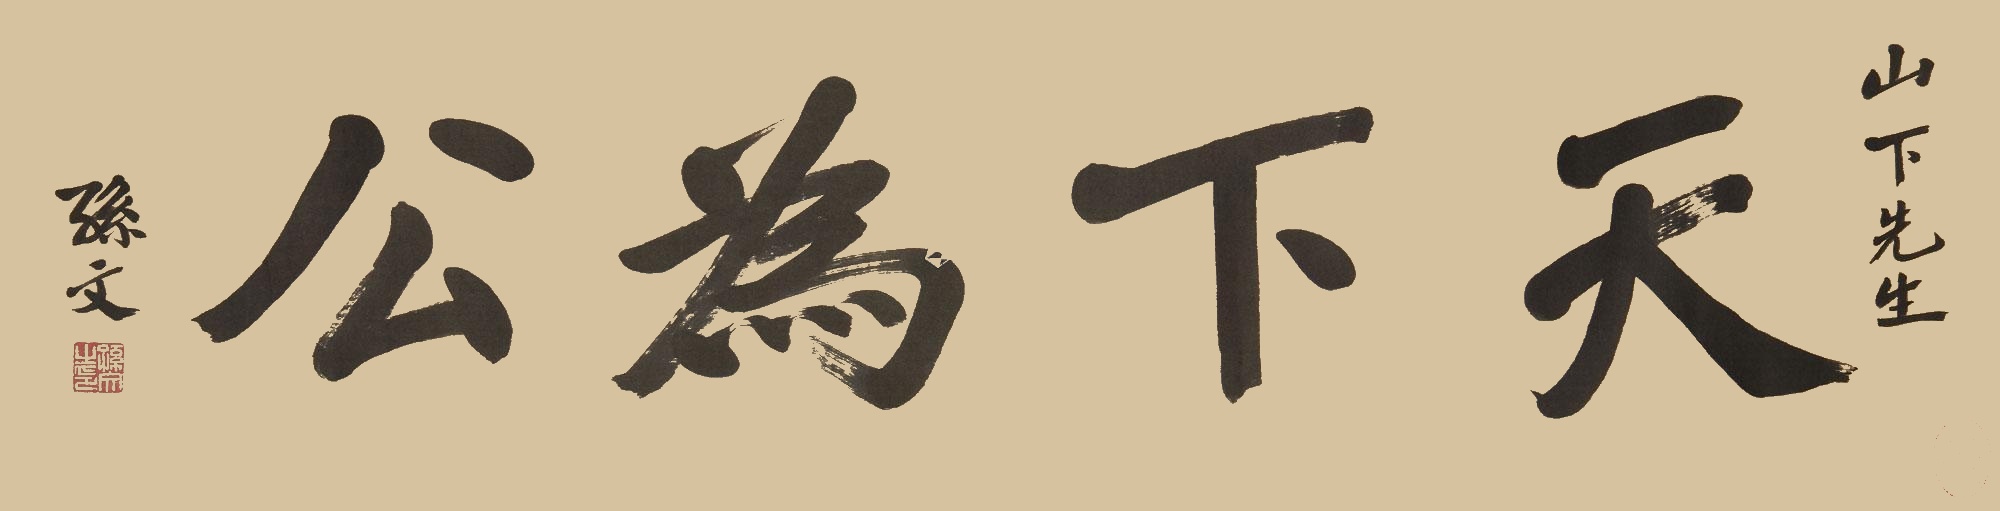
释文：天下为公。山下先生，孙文。